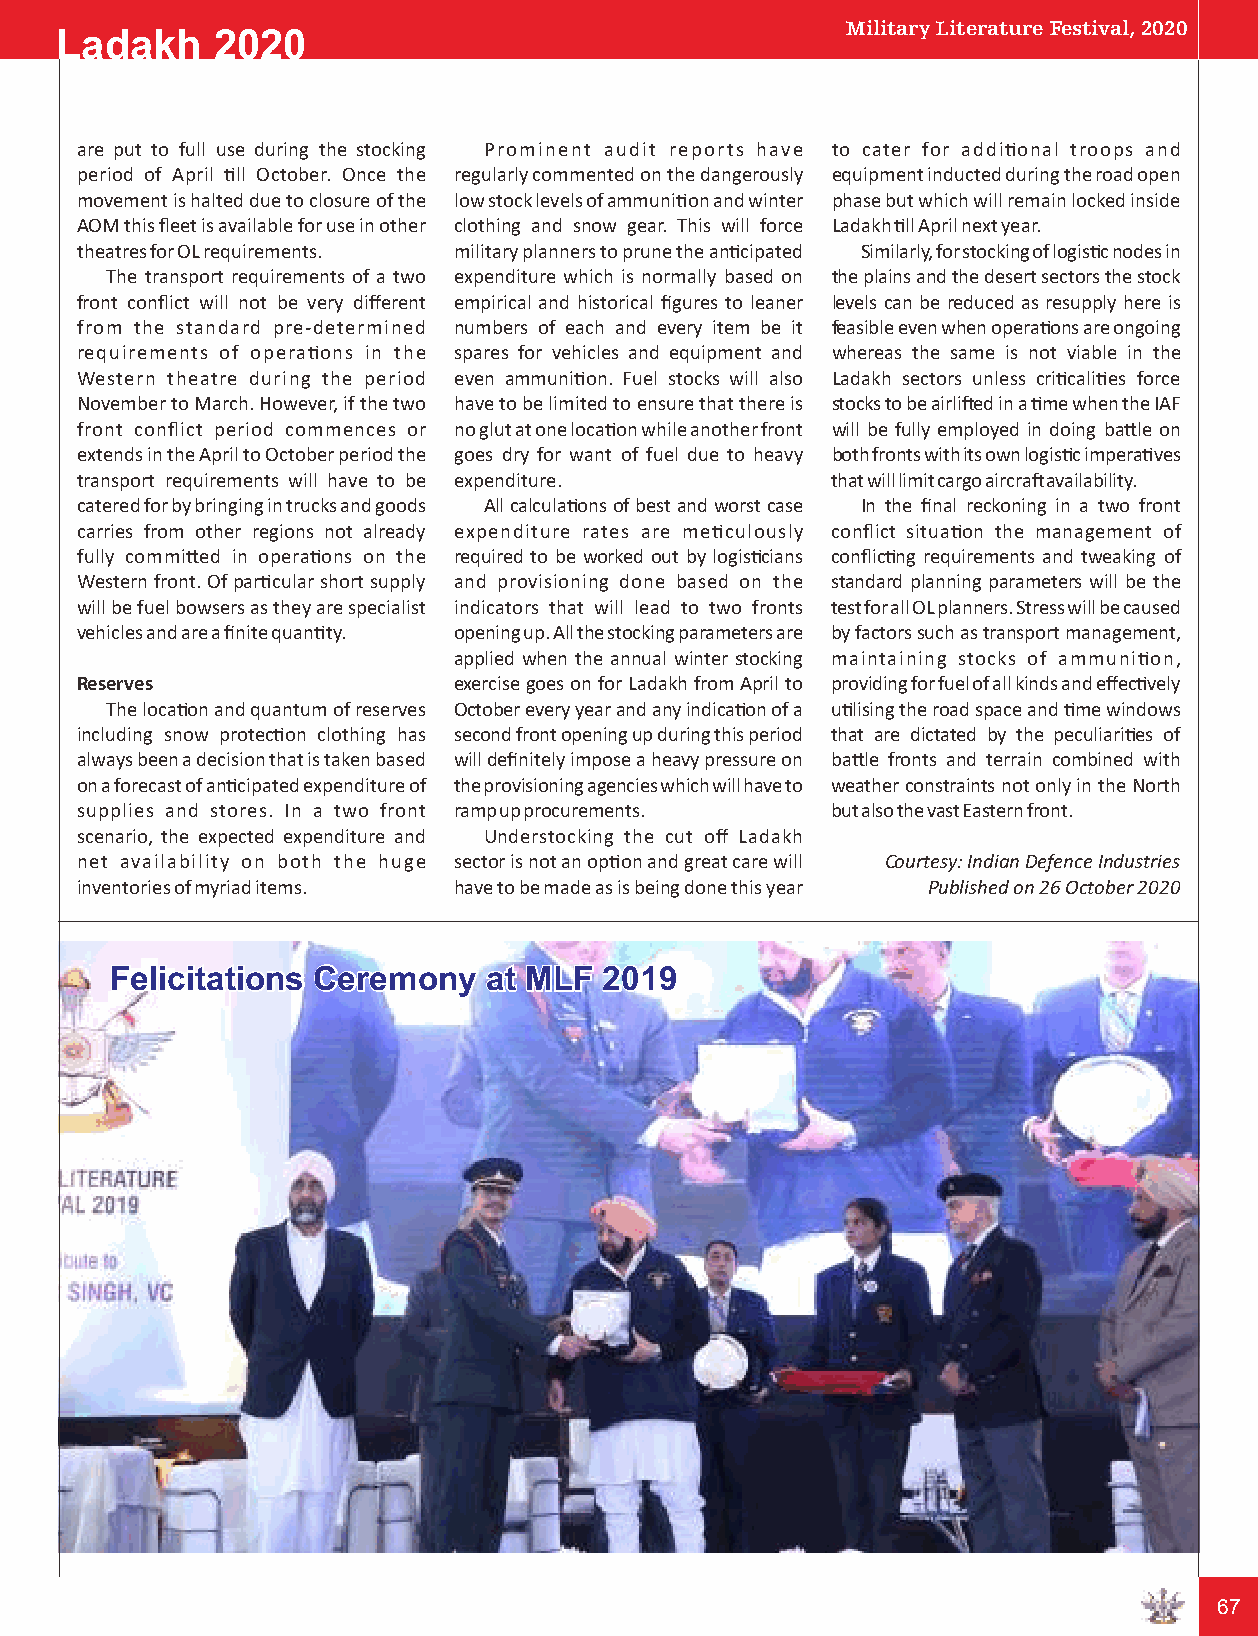
Military Literature Festival, 2020
 Ladakh    2020
 are put to full use during the stocking Prominent audit reports have to cater for addional troops and
 period of April ll October. Once the regularly commented on the dangerously equipment inducted during the road open
 movement is halted due to closure of the low stock levels of ammunion and winter phase but which will remain locked inside
 AOM this fleet is available for use in other clothing and snow gear. This will force Ladakh ll April next year.
 theatres for OL requirements. military planners to prune the ancipated Similarly, for stocking of logisc nodes in
 The transport requirements of a two expenditure which is normally based on the plains and the desert sectors the stock
 front conflict will not be very different empirical and historical figures to leaner levels can be reduced as resupply here is
 from the standard pre-determined numbers of each and every item be it feasible even when operaons are ongoing
 requirements of operaons in the spares for vehicles and equipment and whereas the same is not viable in the
 Western theatre during the period even ammunion. Fuel stocks will also Ladakh sectors unless cricalies force
 November to March. However, if the two have to be limited to ensure that there is stocks to be airlied in a me when the IAF
 front conflict period commences or no glut at one locaon while another front will be fully employed in doing bale on
 extends in the April to October period the goes dry for want of fuel due to heavy both fronts with its own logisc imperaves
 transport requirements will have to be expenditure. that will limit cargo aircra availability.
 catered for by bringing in trucks and goods All calculaons of best and worst case In the final reckoning in a two front
 carries from other regions not already expenditure rates are meculously conflict situaon the management of
 fully commied in operaons on the required to be worked out by logiscians conflicng requirements and tweaking of
 Western front. Of parcular short supply and provisioning done based on the standard planning parameters will be the
 will be fuel bowsers as they are specialist indicators that will lead to two fronts test for all OL planners. Stress will be caused
 vehicles and are a finite quanty. opening up. All the stocking parameters are by factors such as transport management,
 applied when the annual winter stocking maintaining stocks of ammunion,
 Reserves                 exercise goes on for Ladakh from April to providing for fuel of all kinds and effecvely
 The locaon and quantum of reserves October every year and any indicaon of a ulising the road space and me windows
 including snow protecon clothing has second front opening up during this period that are dictated by the peculiaries of
 always been a decision that is taken based will definitely impose a heavy pressure on bale fronts and terrain combined with
 on a forecast of ancipated expenditure of the provisioning agencies which will have to weather constraints not only in the North
 supplies and stores. In a two front ramp up procurements. but also the vast Eastern front.
 scenario, the expected expenditure and Understocking the cut off Ladakh
 net availability on both the huge sector is not an opon and great care will Courtesy: Indian Defence Industries
 inventories of myriad items. have to be made as is being done this year Published on 26 October 2020
 FFFeeellliiiccciiitttaaatttiiiooonnnsss CCCeeerrreeemmmooonnnyyy aaattt MMMLLLFFF 222000111999
 67